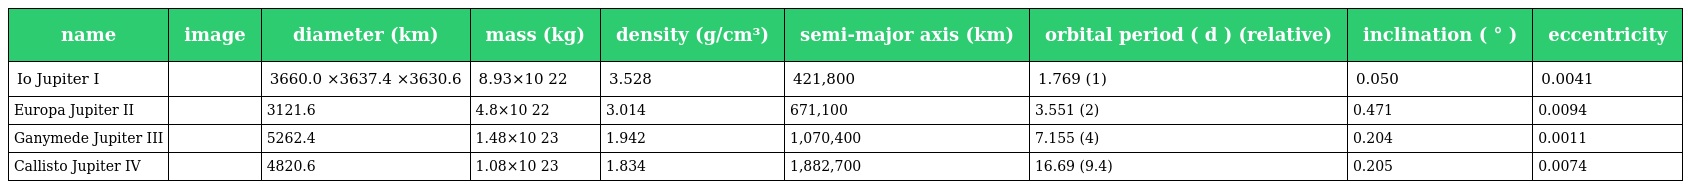
| name | image | diameter (km) | mass (kg) | density (g/cm³) | semi-major axis (km) | orbital period ( d ) (relative) | inclination ( ° ) | eccentricity |
 | --- | --- | --- | --- | --- | --- | --- | --- | --- |
 | Io Jupiter I |  | 3660.0 ×3637.4 ×3630.6 | 8.93×10 22 | 3.528 | 421,800 | 1.769 (1) | 0.050 | 0.0041 |
 | Europa Jupiter II |  | 3121.6 | 4.8×10 22 | 3.014 | 671,100 | 3.551 (2) | 0.471 | 0.0094 |
 | Ganymede Jupiter III |  | 5262.4 | 1.48×10 23 | 1.942 | 1,070,400 | 7.155 (4) | 0.204 | 0.0011 |
 | Callisto Jupiter IV |  | 4820.6 | 1.08×10 23 | 1.834 | 1,882,700 | 16.69 (9.4) | 0.205 | 0.0074 |